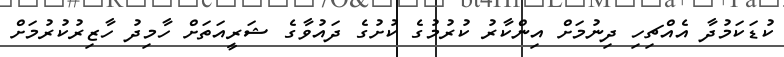
ކުޑަކަމުދާ އެއްޗިހި ދިނުމަށް އިންކާރު ކުރުމުގެ ކުށުގެ ދައުވާގެ ޝަރީއަތަށް ހާމިދު ހާޒިރުކުރުމަށް